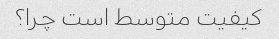
کیفیت متوسط است چرا؟